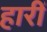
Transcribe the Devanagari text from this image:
हारीं